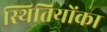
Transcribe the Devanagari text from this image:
स्थितियोंका